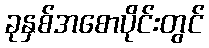
ခုနှစ်အစောပိုင်းတွင်